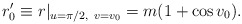
\begin{align*}r'_{0} \equiv r|_{u=\pi/2,~ v=v_{0}} =m(1+\cos v_{0}).\end{align*}